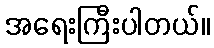
အရေးကြီးပါတယ်။